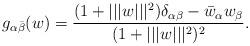
LaTeX: \begin{align*}g_{\alpha\bar \beta}(w) = {(1+|||w|||^2)\delta_{\alpha\beta} - \bar w_\alpha w_\beta \over (1+|||w|||^2)^2} .\end{align*}